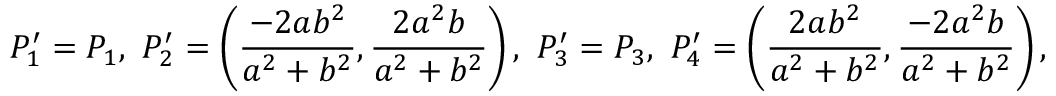
P _ { 1 } ^ { \prime } = P _ { 1 } , \mathrm { ~ } P _ { 2 } ^ { \prime } = \left( \frac { - 2 a b ^ { 2 } } { a ^ { 2 } + b ^ { 2 } } , \frac { 2 a ^ { 2 } b } { a ^ { 2 } + b ^ { 2 } } \right) , \mathrm { ~ } P _ { 3 } ^ { \prime } = P _ { 3 } , \mathrm { ~ } P _ { 4 } ^ { \prime } = \left( \frac { 2 a b ^ { 2 } } { a ^ { 2 } + b ^ { 2 } } , \frac { - 2 a ^ { 2 } b } { a ^ { 2 } + b ^ { 2 } } \right) ,